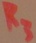
Text: R3